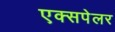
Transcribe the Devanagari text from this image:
एक्सपेलर